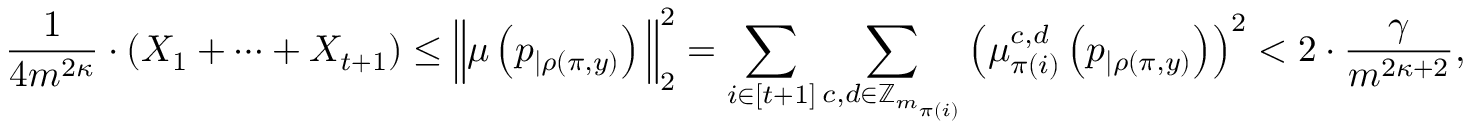
\frac { 1 } { 4 m ^ { 2 \kappa } } \cdot ( X _ { 1 } + \dots + X _ { t + 1 } ) \leq \Big \| \mu \left( p _ { | \rho ( \pi , y ) } \right) \Big \| _ { 2 } ^ { 2 } = \sum _ { i \in [ t + 1 ] } \sum _ { c , d \in \mathbb { Z } _ { m _ { \pi ( i ) } } } \left( \mu _ { \pi ( i ) } ^ { c , d } \left( p _ { | \rho ( \pi , y ) } \right) \right) ^ { 2 } < 2 \cdot \frac { \gamma } { m ^ { 2 \kappa + 2 } } ,